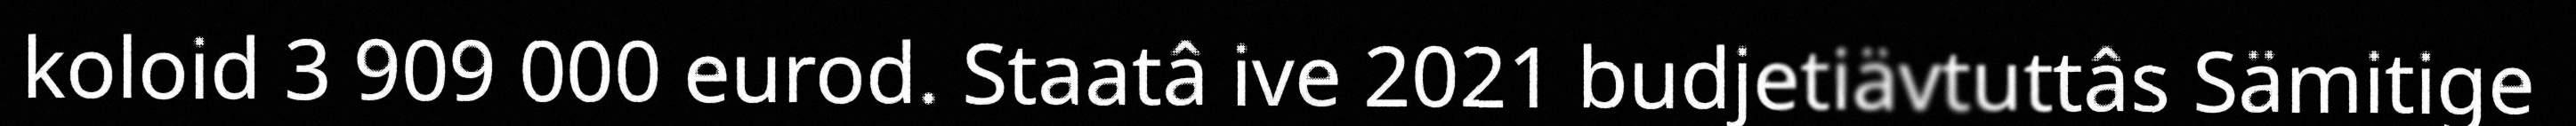
koloid 3 909 000 eurod. Staatâ ive 2021 budjetiävtuttâs Sämitige